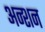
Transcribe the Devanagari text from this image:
अन्शन